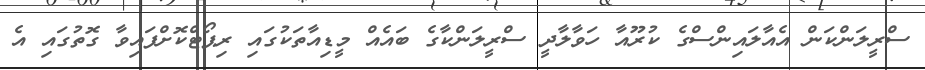
ސްރީލަންކަން އެއާލައިންސްގެ ކުރޫއާ ހަވާލާދީ ސްރީލަންކާގެ ބައެއް މީޑިއާތަކުގައި ރިޕޯޓްކޮށްފައިވާ ގޮތުގައި އެ